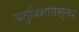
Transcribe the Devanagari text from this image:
चतुविंशतिस्तव